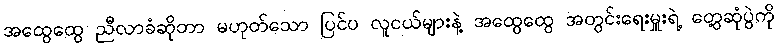
အထွေထွေ ညီလာခံဆိုတာ မဟုတ်သော ပြင်ပ လူငယ်များနဲ့ အထွေထွေ အတွင်းရေးမှူးရဲ့ တွေ့ဆုံပွဲကို